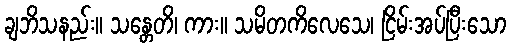
ချဘိသနည်း။ သန္တေတိ၊ ကား။ သမိတကိလေသေ၊ ငြိမ်းအပ်ပြီးသော